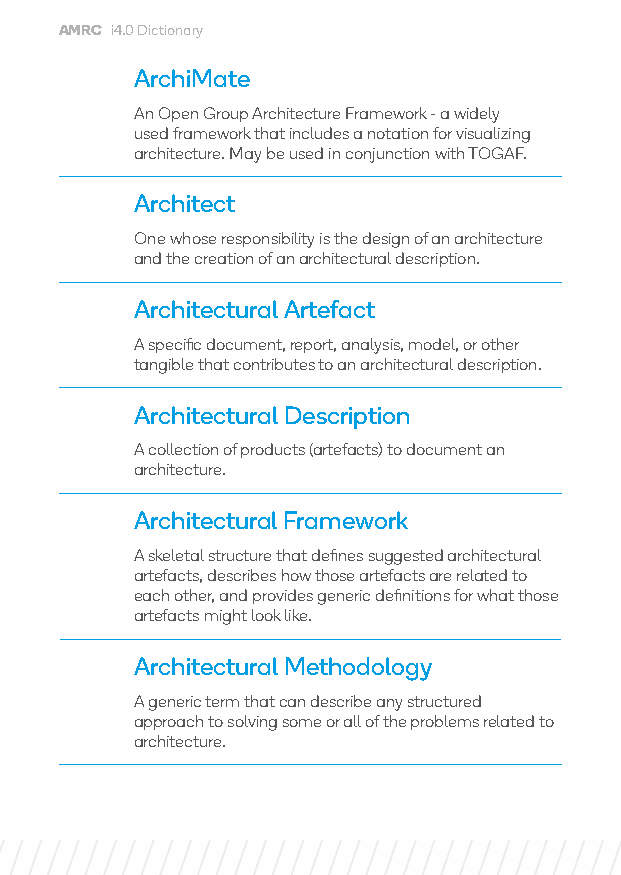
AMRC i4.0 Dictionary
 ArchiMate
 An Open Group Architecture Framework - a widely
 used framework that includes a notation for visualizing
 architecture. May be used in conjunction with TOGAF.
 Architect
 One whose responsibility is the design of an architecture
 and the creation of an architectural description.
 Architectural Artefact
 A specific document, report, analysis, model, or other
 tangible that contributes to an architectural description.
 Architectural Description
 A collection of products (artefacts) to document an
 architecture.
 Architectural Framework
 A skeletal structure that defines suggested architectural
 artefacts, describes how those artefacts are related to
 each other, and provides generic definitions for what those
 artefacts might look like.
 Architectural Methodology
 A generic term that can describe any structured
 approach to solving some or all of the problems related to
 architecture.